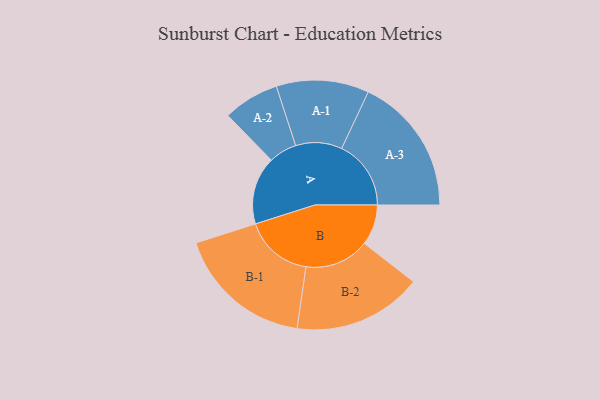
{"axis": {"x": "Segment", "y": "Value"}, "legend": ["", "A", "B"], "data": [{"x": "A", "y": 271, "type": ""}, {"x": "B", "y": 162, "type": ""}, {"x": "A-1", "y": 185, "type": "A"}, {"x": "A-2", "y": 112, "type": "A"}, {"x": "A-3", "y": 277, "type": "A"}, {"x": "B-1", "y": 274, "type": "B"}, {"x": "B-2", "y": 258, "type": "B"}]}